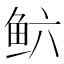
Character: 𲍋